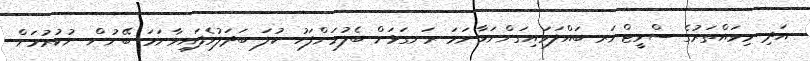
އަދި މިވައްތަރުގެ ސްވީޓްނަރ ބައްލަވައިގަންނަވާނަމަ ރަނގަޅަށް ބެލުމަށްފަހު ކުލަ ބަދަލުވެފައިވާނަމަ ބޭނުން ނުކުރުމަށް